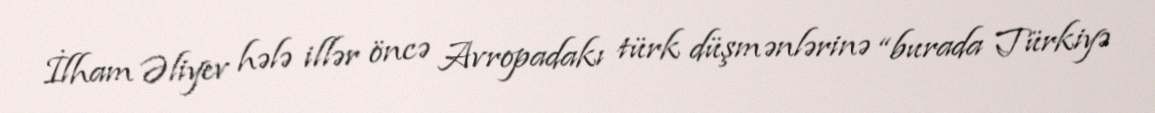
İlham Əliyev hələ illər öncə Avropadakı türk düşmənlərinə “burada Türkiyə